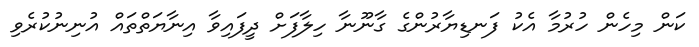
ކަން މިހެން ހުރުމާ އެކު ފަނޑިޔާރުންގެ ގާނޫނާ ހިލާފަށް ދީފައިވާ އިނާޔަތްތައް އުނިނުކުރެވި